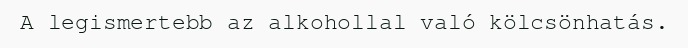
A legismertebb az alkohollal való kölcsönhatás.